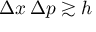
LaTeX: \Delta x \, \Delta p \gtrsim h